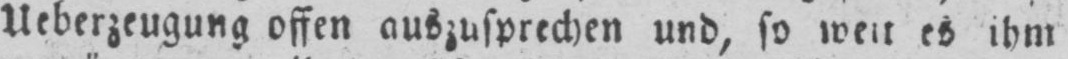
Ueberzeugung offen auszusprechen und, so weit es ihm